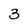
Character: 3